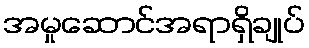
အမှုဆောင်အရာရှိချုပ်